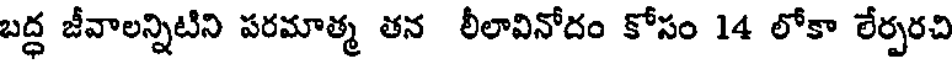
బద్ధ జీవాలన్నిటిని పరమాత్మ తన లీలావినోదం కోసం 14 లోకా లేర్పరచి